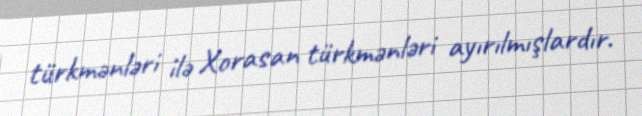
türkmənləri ilə Xorasan türkmənləri ayırılmışlardır.